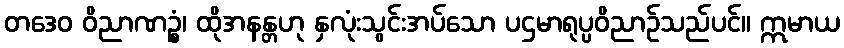
တဒေဝ ဝိညာဏဉ္စံ၊ ထိုအနန္တဟု နှလုံးသွင်းအပ်သော ပဌမာရုပ္ပဝိညာဉ်သည်ပင်။ ဣမာယ